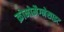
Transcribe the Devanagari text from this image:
क्रोमोमैग्‍नेसाइट